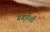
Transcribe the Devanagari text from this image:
प्रवृत्तीशी